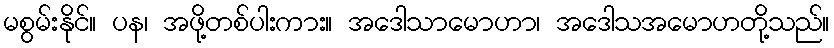
မစွမ်းနိုင်။ ပန၊ အဖို့တစ်ပါးကား။ အဒေါသာမောဟာ၊ အဒေါသအမောဟတို့သည်။